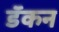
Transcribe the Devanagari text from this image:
डॅकन